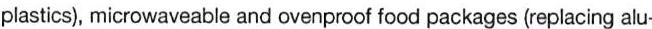
plastics), microwaveable and ovenproof food packages (replacing alu-